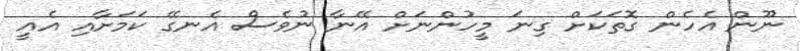
ނޫން އެހެން ގޮތަކަށް ގިނަ މީހުންނަށް އޭނާ ނުވެސް އެނގޭ ކަމަށާއި އެއީ